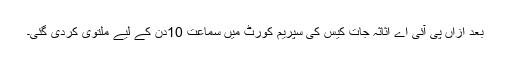
بعد ازاں پی آئی اے اثاثہ جات کیس کی سپریم کورٹ میں سماعت 10دن کے لیے ملتوی کردی گئی۔